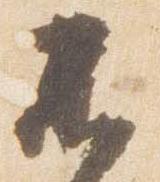
不